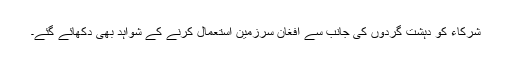
شرکاء کو دہشت گردوں کی جانب سے افغان سرزمین استعمال کرنے کے شواہد بھی دکھائے گئے۔